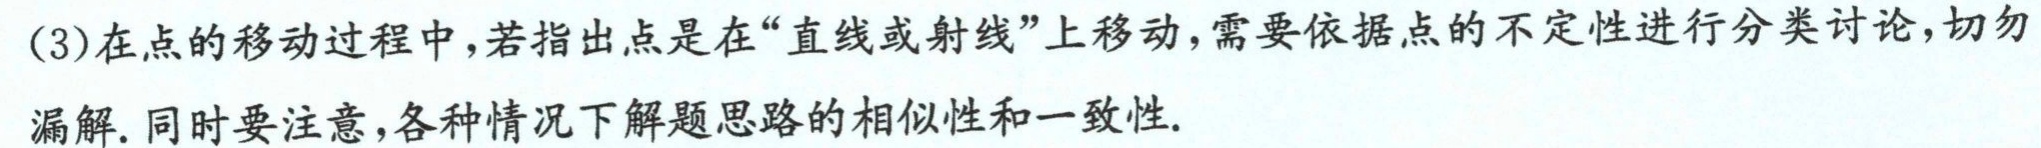
(3)在点的移动过程中，若指出点是在“直线或射线”上移动，需要依据点的不定性进行分类讨论，切勿
漏解. 同时要注意，各种情况下解题思路的相似性和一致性.